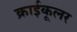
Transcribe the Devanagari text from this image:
क्राईकूलर